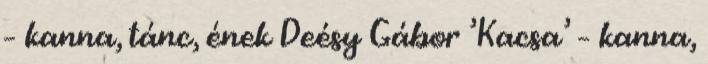
– kanna, tánc, ének Deésy Gábor ’Kacsa’ – kanna,